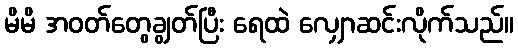
မိမိ အဝတ်တွေချွတ်ပြီး ရေထဲ လျှောဆင်းလိုက်သည်။